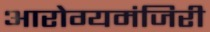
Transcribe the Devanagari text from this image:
आरोग्यमंजिरी